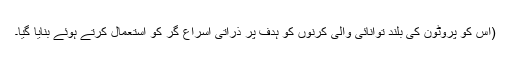
(اس کو پروٹون کی بلند توانائی والی کرنوں کو ہدف پر ذرّاتی اسراع گر کو استعمال کرتے ہوئے بنایا گیا۔